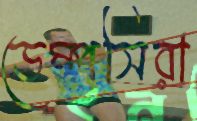
ডেম্পসিরা